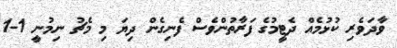
ވާދަވެރި ކުޅުމެއް ދެޓީމުގެ ފަރާތުންވެސް ފެނިގެން ދިޔަ މި މެޗު ނިމުނީ 1-1